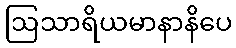
ဩသာရိယမာနာနိပေ